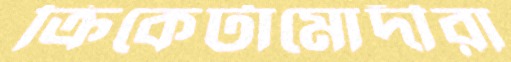
ক্রিকেটামোদীরা